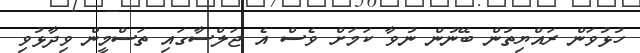
ހުޅުވަން ރައްޔިތުން ބޭނުން ނުވާ ކަމަށް ވެސް އެ ޖަލްސާގައި ތަސްމީން ވިދާޅުވި